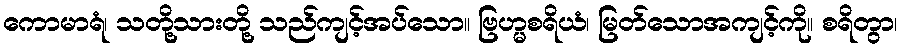
ကောမာရံ၊ သတို့သားတို့ သည်ကျင့်အပ်သော။ ဗြဟ္မစရိယံ၊ မြတ်သောအကျင့်ကို။ စရိတွာ၊